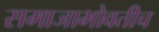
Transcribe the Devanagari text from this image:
समाजाभोवतीच